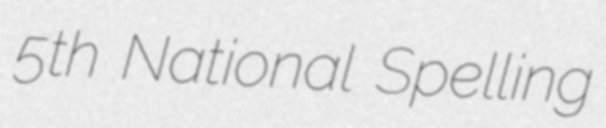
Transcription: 5th National Spelling